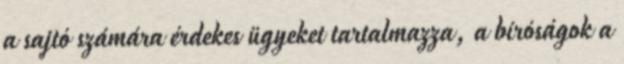
a sajtó számára érdekes ügyeket tartalmazza, a bíróságok a